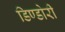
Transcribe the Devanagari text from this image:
डिण्डोरी